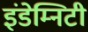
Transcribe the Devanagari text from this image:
इंडेम्निटी